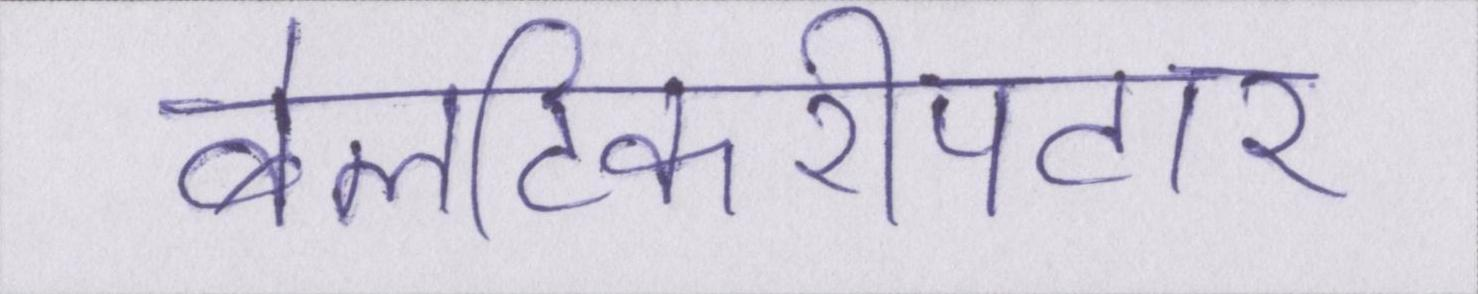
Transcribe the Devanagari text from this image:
बेलटिकरीपटार